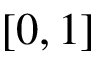
[ 0 , 1 ]